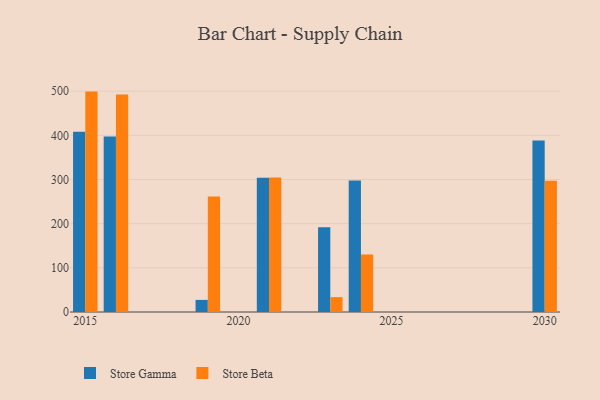
{"axis": {"x": "Year", "y": "Temperature (°C)"}, "legend": ["Store Beta", "Store Gamma"], "data": [{"x": "2016", "y": 397.2, "type": "Store Gamma"}, {"x": "2016", "y": 492.2, "type": "Store Beta"}, {"x": "2024", "y": 298.0, "type": "Store Gamma"}, {"x": "2024", "y": 130.2, "type": "Store Beta"}, {"x": "2015", "y": 408.2, "type": "Store Gamma"}, {"x": "2015", "y": 499.0, "type": "Store Beta"}, {"x": "2030", "y": 388.4, "type": "Store Gamma"}, {"x": "2030", "y": 296.9, "type": "Store Beta"}, {"x": "2019", "y": 27.4, "type": "Store Gamma"}, {"x": "2019", "y": 261.7, "type": "Store Beta"}, {"x": "2021", "y": 304.2, "type": "Store Gamma"}, {"x": "2021", "y": 304.3, "type": "Store Beta"}, {"x": "2023", "y": 191.9, "type": "Store Gamma"}, {"x": "2023", "y": 33.7, "type": "Store Beta"}]}